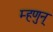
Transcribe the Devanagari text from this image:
म्हणुन्